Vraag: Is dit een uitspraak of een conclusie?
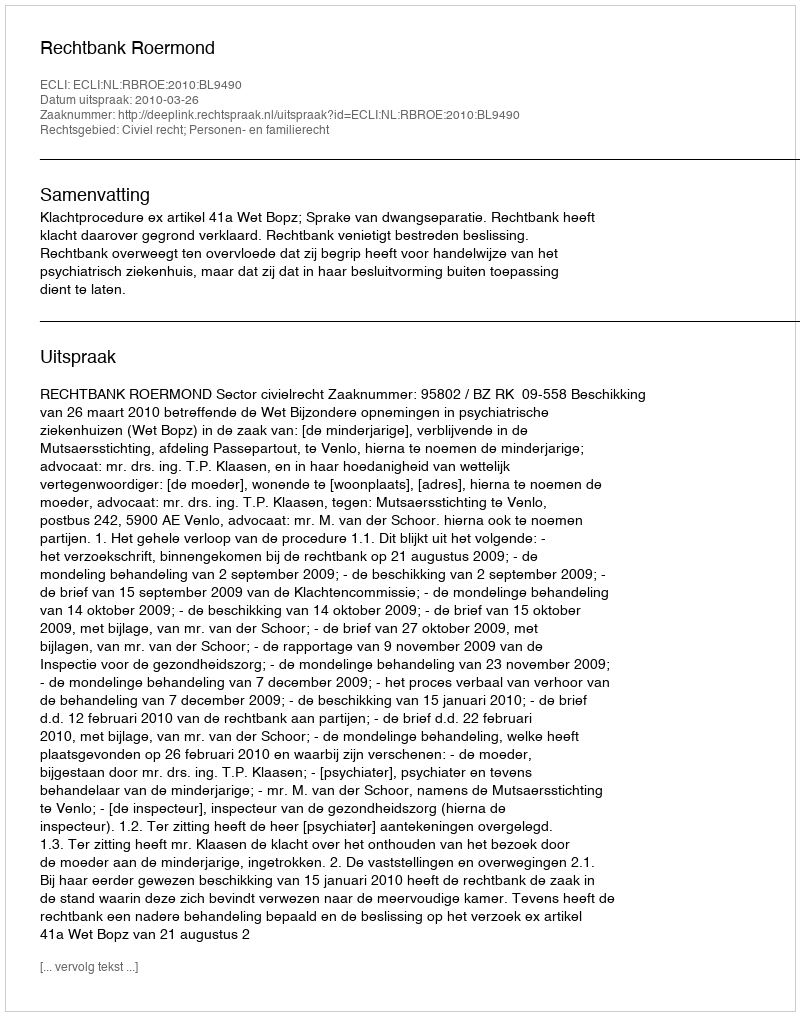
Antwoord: Uitspraak